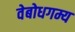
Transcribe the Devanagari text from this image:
वेबोधगम्य